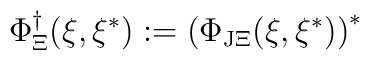
\Phi _\Xi ^{\dagger }(\xi ,\xi ^{*}):=\left( \Phi _{{\rm J}\Xi }(\xi ,\xi^{*})\right) ^{*}